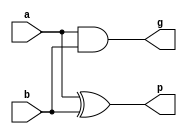
module pgu_4bit
(
	input [3:0] a, b,
	output [3:0] p, g
);
assign p = a ^ b;
assign g = a & b;

endmodule